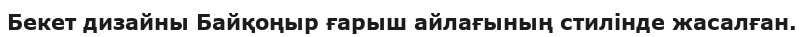
Бекет дизайны Байқоңыр ғарыш айлағының стилінде жасалған.